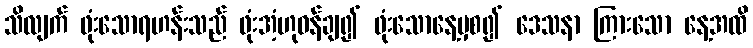
သိလျက် ဖုံးသောရဟန်းသည် ဖုံးအံ့ဟုဝန်ချ၍ ဖုံးသောနေ့မှစ၍ ဒေသနာ ကြားသော နေ့အထိ